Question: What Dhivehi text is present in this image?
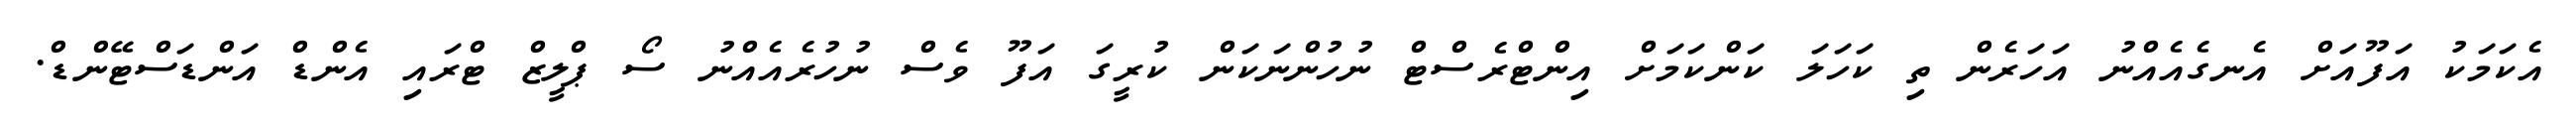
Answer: އެކަމަކު އަފޫއަށް އެނގެއެއްނު އަހަރެން ތި ކަހަލަ ކަންކަމަށް އިންޓްރެސްޓް ނުހުންނަކަން ކުރީގަ އަފޫ ވެސް ނުހުރެއެއްނު ސޯ ޕްލީޒް ޓްރައި އެންޑް އަންޑަސްޓޭންޑް.